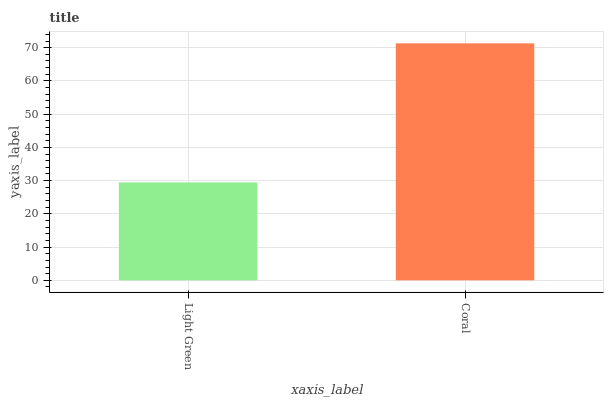
| xaxis_label | bars |
 | --- | --- |
 | Light Green | 29.5 |
 | Coral | 71.3 |